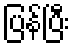
ပြန်ပြီး